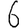
Digit: 6